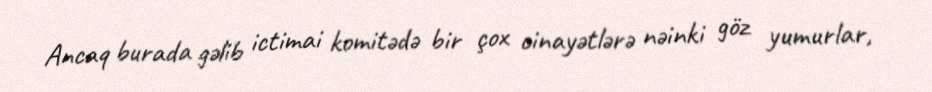
Ancaq burada gəlib ictimai komitədə bir çox cinayətlərə nəinki göz yumurlar,